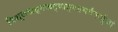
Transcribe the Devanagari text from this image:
त्रिशूलखड्गखट्वाङ्गडमर्वंकर्भुजां